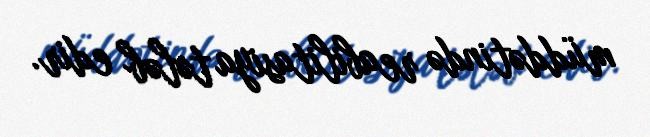
müddətində reabilitasiya tələb edir.